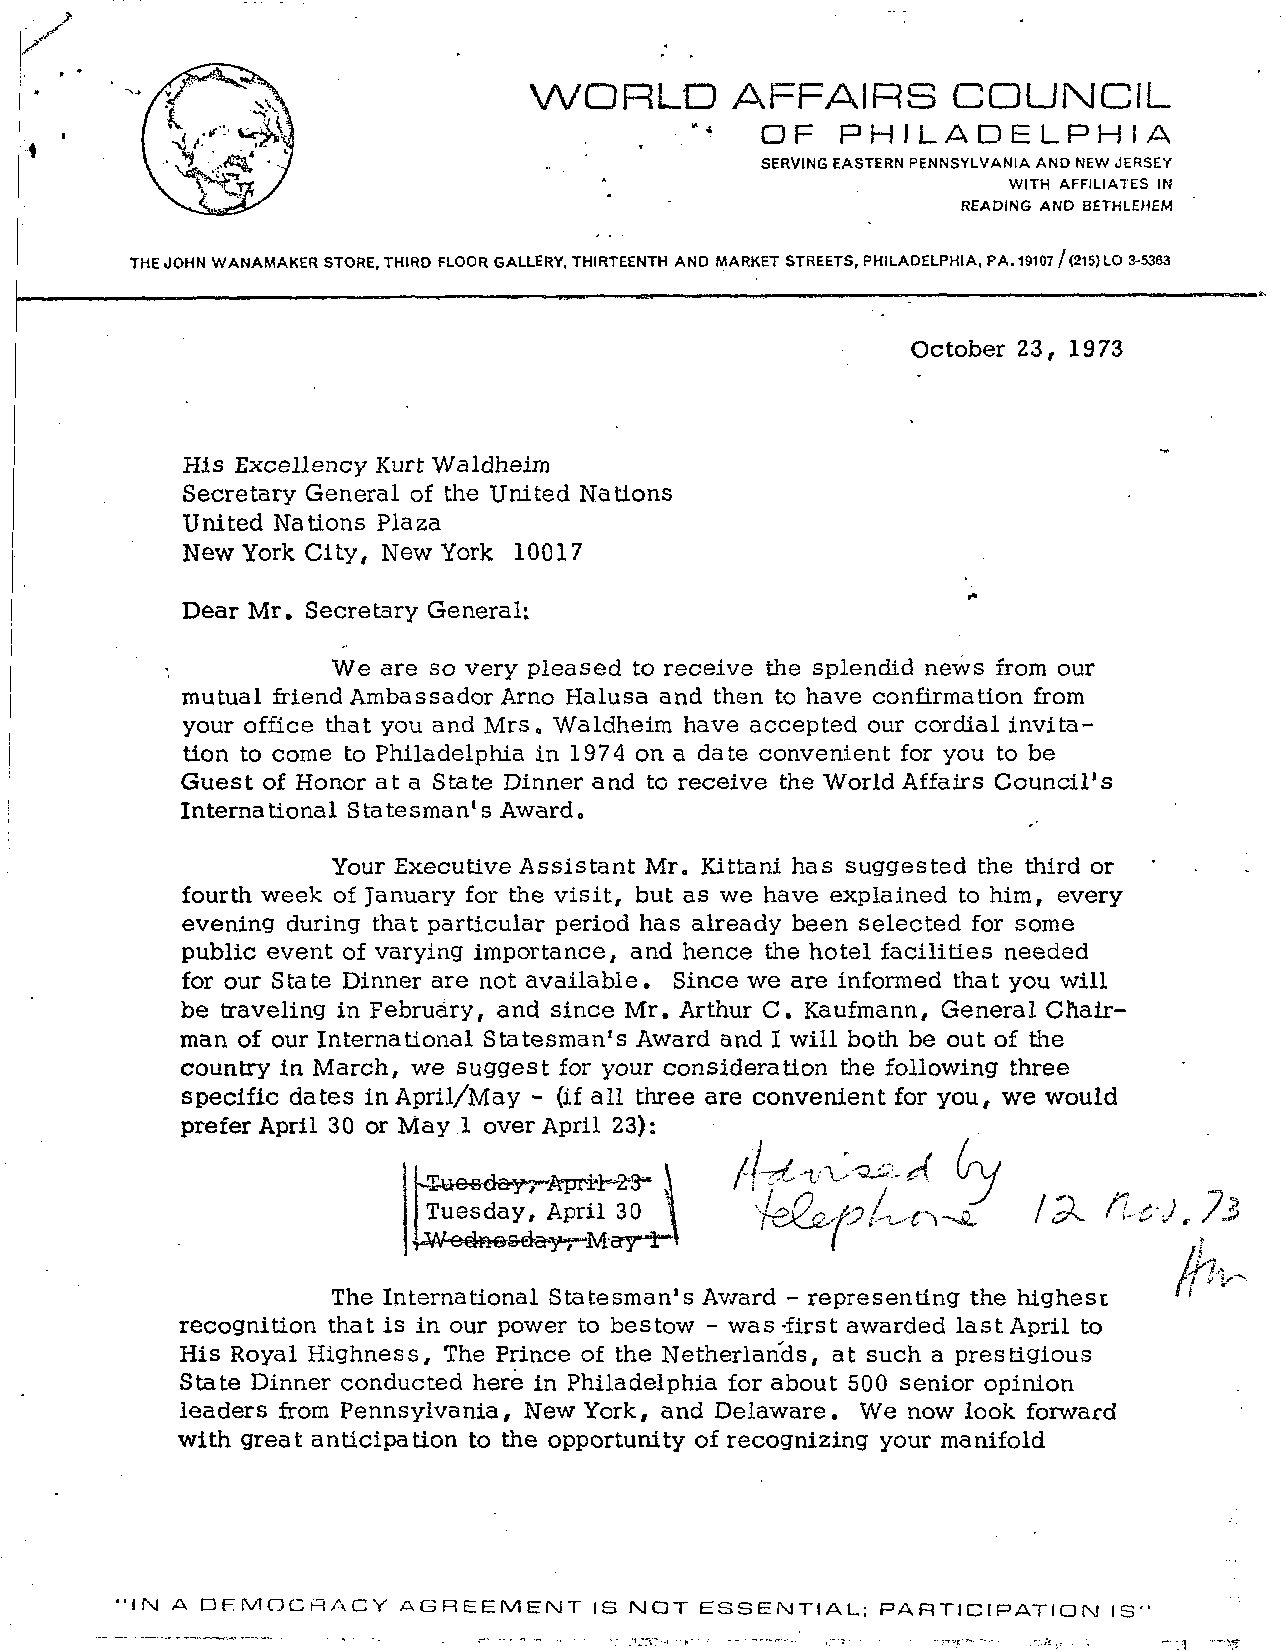
WORLD        AFFAIRS        CDUNCiL
 OF   PHILADELPHIA
 SERVING EASTERN PENNSYLVANIA AND NEW JERSEY
 WITH AFFILIATES IN
 READING AND BETHLEHEM
 THE JOHN WANAMAKER STORE, THIRD FLOOR GALLERY, THIRTEENTH AND MARKET STREETS, PHILADELPHIA, PA.19107/(215JLO 3-5363
 October 23, 1973
 His Excellency Kurt Waldheiin
 Secretary General of the United Nations
 United Nations Plaza
 New York City, New York 10017
 Dear Mr. Secretary General:
 We are so very pleased to receive the splendid news from our
 mutual friend Ambassador Arno Halusa and then to have confirmation from
 your office that you and Mrs, Waldheim have accepted our cordial invita-
 tion to come to Philadelphia in 1974 on a date convenient for you to be
 Guest of Honor at a State Dinner and to receive the World Affairs Council's
 International Statesman's Award,
 Your Executive Assistant Mr. Kittani has suggested the third or
 fourth week of January for the visit, but as we have explained to him, every
 evening during that particular period has already been selected for some
 public event of varying importance, and hence the hotel facilities needed
 for our State Dinner are not available. Since we are informed that you will
 be traveling in February, and since Mr. Arthur C. Kaufmann, General Chair-
 man of our International Statesman's Award and I will both be out of the
 country in March, we suggest for your consideration the following three
 specific dates in April/May - (if all three are convenient for you, we would
 prefer April 30 or May 1 over April 23):
 Tuesday, April 30
 The International Statesman's Award - representing the highest
 recognition that is in our power to bestow - was -first awarded last April to
 His Royal Highness, The Prince of the Netherlands, at such a prestigious
 State Dinner conducted here in Philadelphia for about 500 senior opinion
 leaders from Pennsylvania, New York, and Delaware. We now look forward
 with great anticipation to the opportunity of recognizing your manifold
 •IN A DEMOCRACY   AGREEMENT    IS NOT ESSENTIAL; PARTICIPATION   IS"